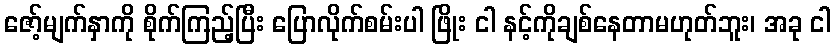
ဇော့်မျက်နှာကို စိုက်ကြည့်ပြီး ပြောလိုက်စမ်းပါ ဖြိုး ငါ နင့်ကိုချစ်နေတာမဟုတ်ဘူး၊ အခု ငါ